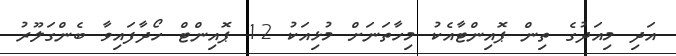
އަދި މިއަދުގެ ތިން ޕޮއިންޓާއެކު މިހާތަނަށް މުޅިއަކު 12 ޕޮއިންޓް ހޯދާފައިވާ ބެންގަލޫރު